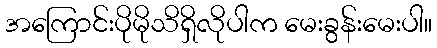
အကြောင်းပိုမိုသိရှိလိုပါက မေးခွန်းမေးပါ။